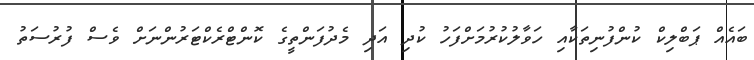
ބައެއް ޕަބްލިކް ކުންފުނިތަކާއި ހަވާލުކުރުމަށްފަހު ކުދި އަދި މެދުފަންތީގެ ކޮންޓްރެކްޓަރުންނަށް ވެސް ފުރުސަތު